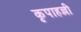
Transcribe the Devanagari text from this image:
कृपाहल्ली